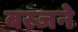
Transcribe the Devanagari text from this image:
बस्जने